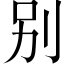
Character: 别